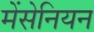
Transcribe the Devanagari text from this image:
मेंसेनियन